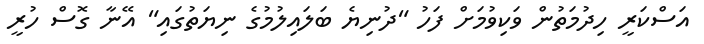
އަސްކަރީ ހިދުމަތުން ވަކިވުމަށް ފަހު "ދުނިޔެ ބަލައިލުމުގެ ނިޔަތުގައި" އޭނާ ގޮސް ހުރީ